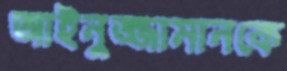
আইনুজ্জামানকে